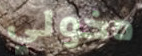
دخولي